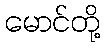
မောင်တို့